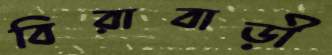
বিরাবাড়ী